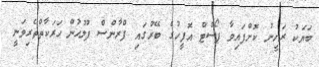
ބަޔަކު ރަހީނު ކޮށްފައިވާ ޕޯސްޓް އޮފީހުގެ ބޭރުގައި ފްރާންސް ފުލުހުން ހަރަކާތްތެރިވަނީ